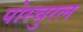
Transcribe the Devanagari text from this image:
पोस्चुरल